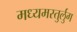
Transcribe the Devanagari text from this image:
मध्यमस्तुर्लुग